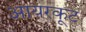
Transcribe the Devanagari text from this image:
आयरकूट